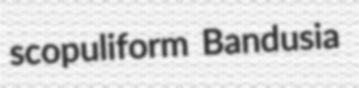
scopuliform Bandusia